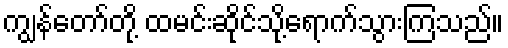
ကျွန်တော်တို့ ထမင်းဆိုင်သို့ရောက်သွားကြသည်။